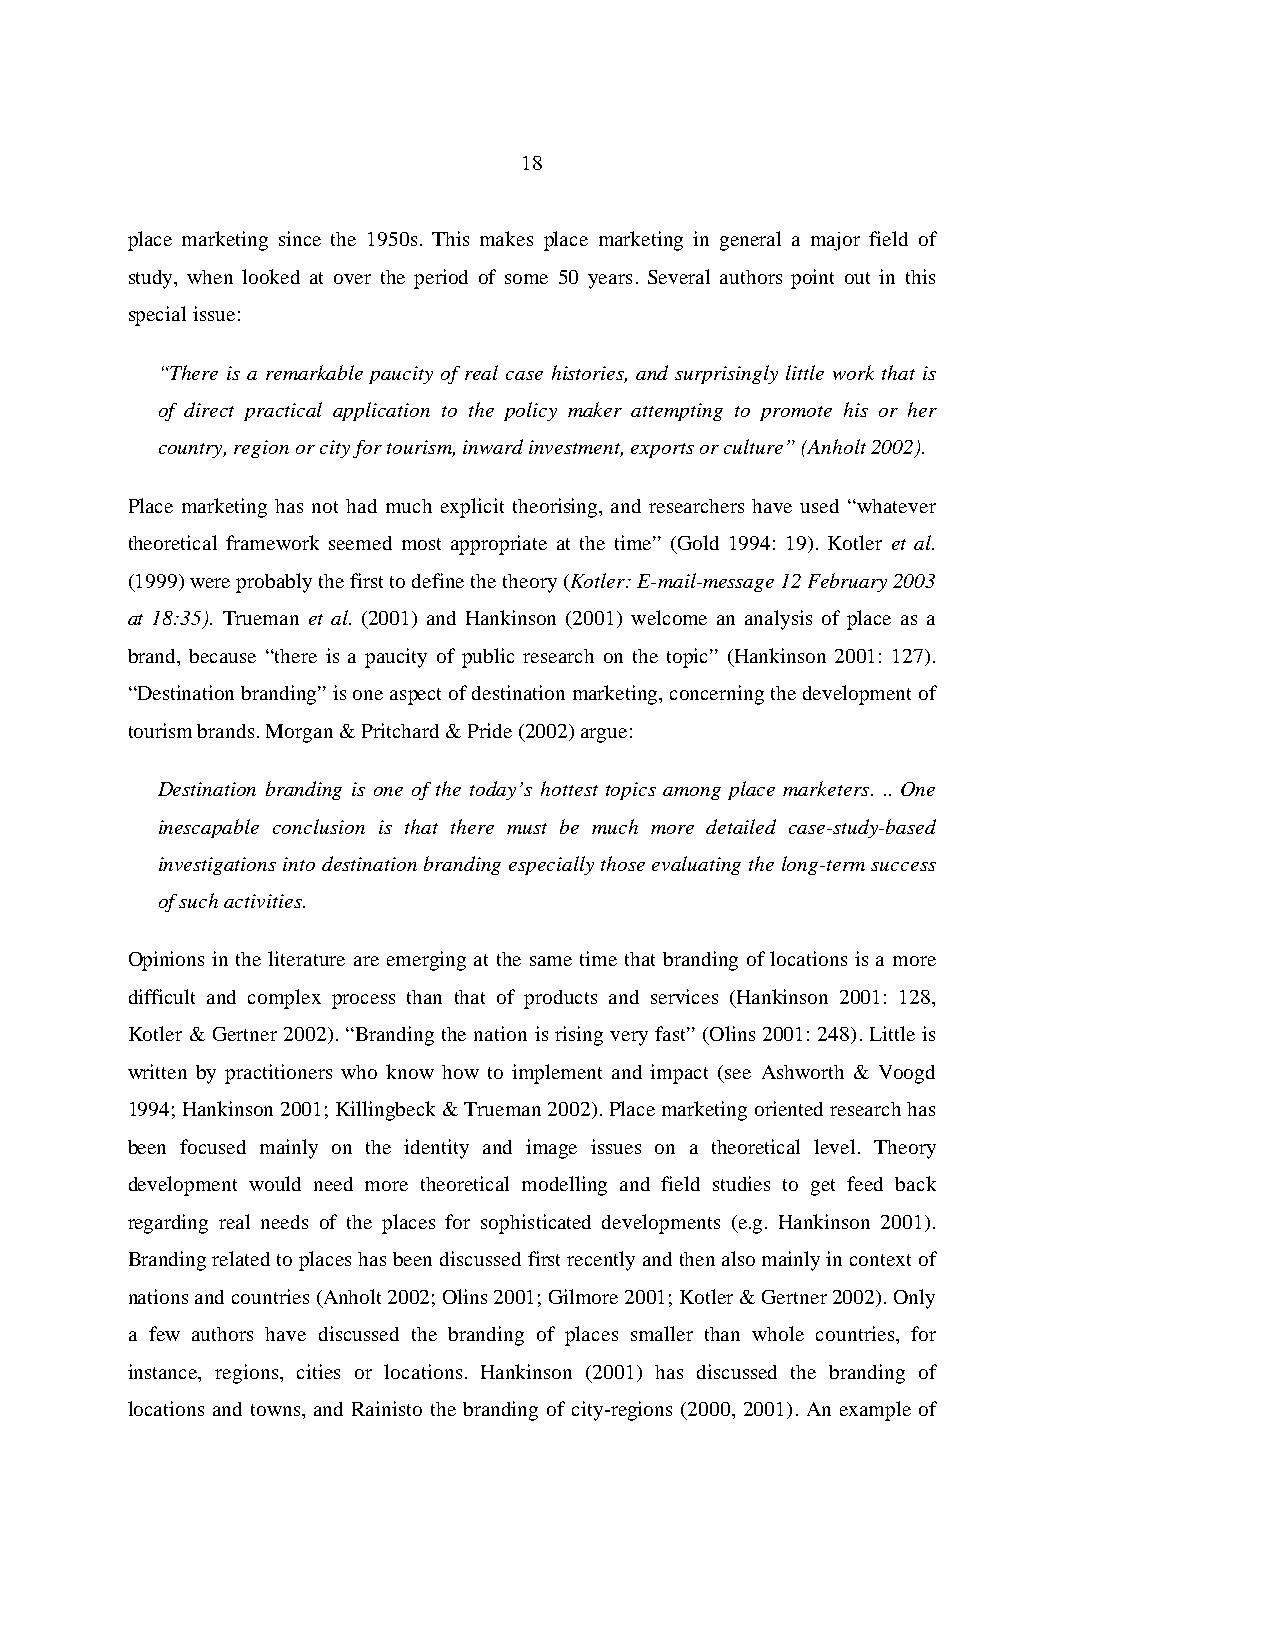
18
 place marketing since the 1950s. This makes place marketing in general a major field of
 study, when looked at over the period of some 50 years. Several authors point out in this
 special issue:
 “There is a remarkable paucity of real case histories, and surprisingly little work that is
 of direct practical application to the policy maker attempting to promote his or her
 country, region or city for tourism, inward investment, exports or culture” (Anholt 2002).
 Place marketing has not had much explicit theorising, and researchers have used “whatever
 theoretical framework seemed most appropriate at the time” (Gold 1994: 19). Kotler et al.
 (1999) were probably the first to define the theory (Kotler: E-mail-message 12 February 2003
 at 18:35). Trueman et al. (2001) and Hankinson (2001) welcome an analysis of place as a
 brand, because “there is a paucity of public research on the topic” (Hankinson 2001: 127).
 “Destination branding” is one aspect of destination marketing, concerning the development of
 tourism brands. Morgan & Pritchard & Pride (2002) argue:
 Destination branding is one of the today’s hottest topics among place marketers. .. One
 inescapable conclusion is that there must be much more detailed case-study-based
 investigations into destination branding especially those evaluating the long-term success
 of such activities.
 Opinions in the literature are emerging at the same time that branding of locations is a more
 difficult and complex process than that of products and services (Hankinson 2001: 128,
 Kotler & Gertner 2002). “Branding the nation is rising very fast” (Olins 2001: 248). Little is
 written by practitioners who know how to implement and impact (see Ashworth & Voogd
 1994; Hankinson 2001; Killingbeck & Trueman 2002). Place marketing oriented research has
 been focused mainly on the identity and image issues on a theoretical level. Theory
 development would need more theoretical modelling and field studies to get feed back
 regarding real needs of the places for sophisticated developments (e.g. Hankinson 2001).
 Branding related to places has been discussed first recently and then also mainly in context of
 nations and countries (Anholt 2002; Olins 2001; Gilmore 2001; Kotler & Gertner 2002). Only
 a few authors have discussed the branding of places smaller than whole countries, for
 instance, regions, cities or locations. Hankinson (2001) has discussed the branding of
 locations and towns, and Rainisto the branding of city-regions (2000, 2001). An example of